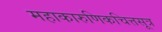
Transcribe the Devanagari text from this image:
महाकारुणिकचित्तसूत्र